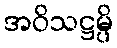
အဝိသဋ္ဌမ္ပိ